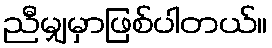
ညီမျှမှာဖြစ်ပါတယ်။